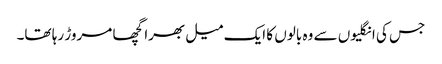
جس کی انگلیوں سے وہ بالوں کا ایک میل بھرا گچھا مروڑ رہا تھا۔